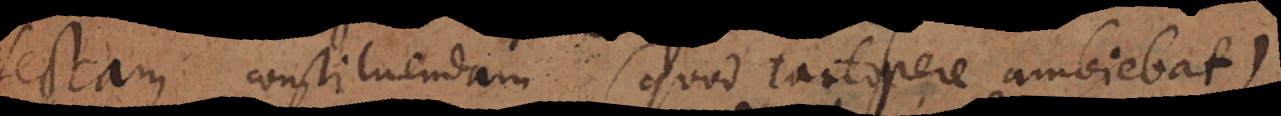
sectam constituendam (quod tantopere ambiebat)